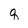
Character: q